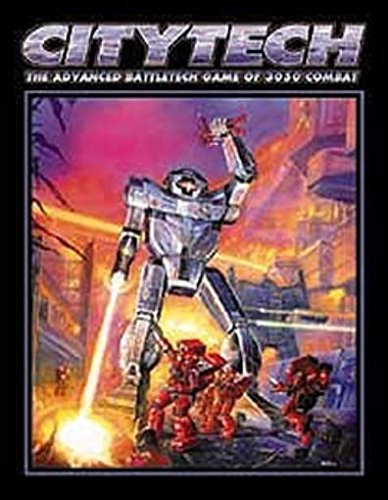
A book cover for Citytech: The Advanced Battletech Game of 3050 Combat; FASA Corporation; Science Fiction & Fantasy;